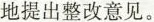
地提出整改意见。